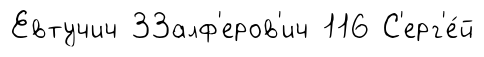
Евтучич 33алф'еров'ич 116 С'ерг'е́й